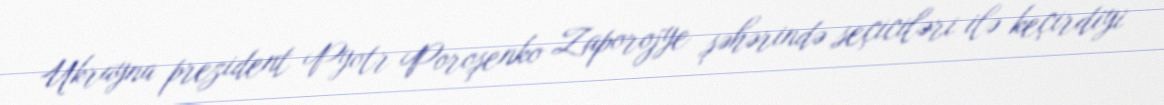
Ukrayna prezident Pyotr Poroşenko Zaporojye şəhərində seçiciləri ilə keçirdiyi